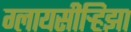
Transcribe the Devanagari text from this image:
ग्लायसीर्‍हिझा